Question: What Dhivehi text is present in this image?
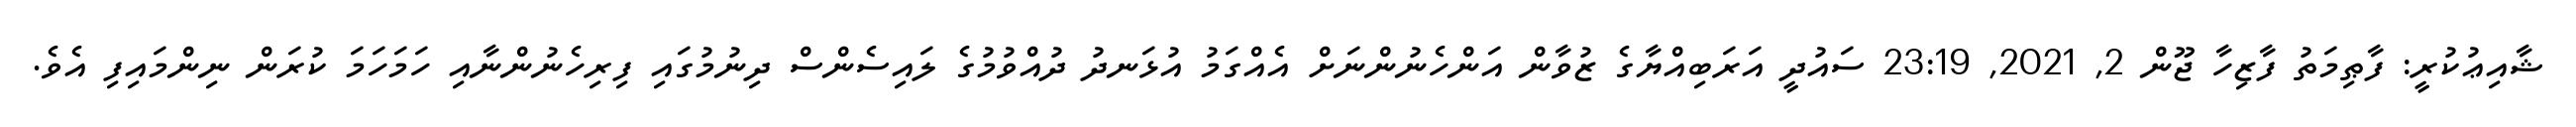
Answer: ޝާއިޢުކުރީ: ފާޠިމަތު ފާޒިހާ ޖޫން 2, 2021, 23:19 ސައުދީ އަރަބިއްޔާގެ ޒުވާން އަންހެނުންނަށް އެއްގަމު އުޅަނދު ދުއްވުމުގެ ލައިސެންސް ދިނުމުގައި ފިރިހެނުންނާއި ހަމަހަމަ ކުރަން ނިންމައިފި އެވެ.